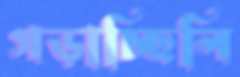
গড়াচ্ছিলি